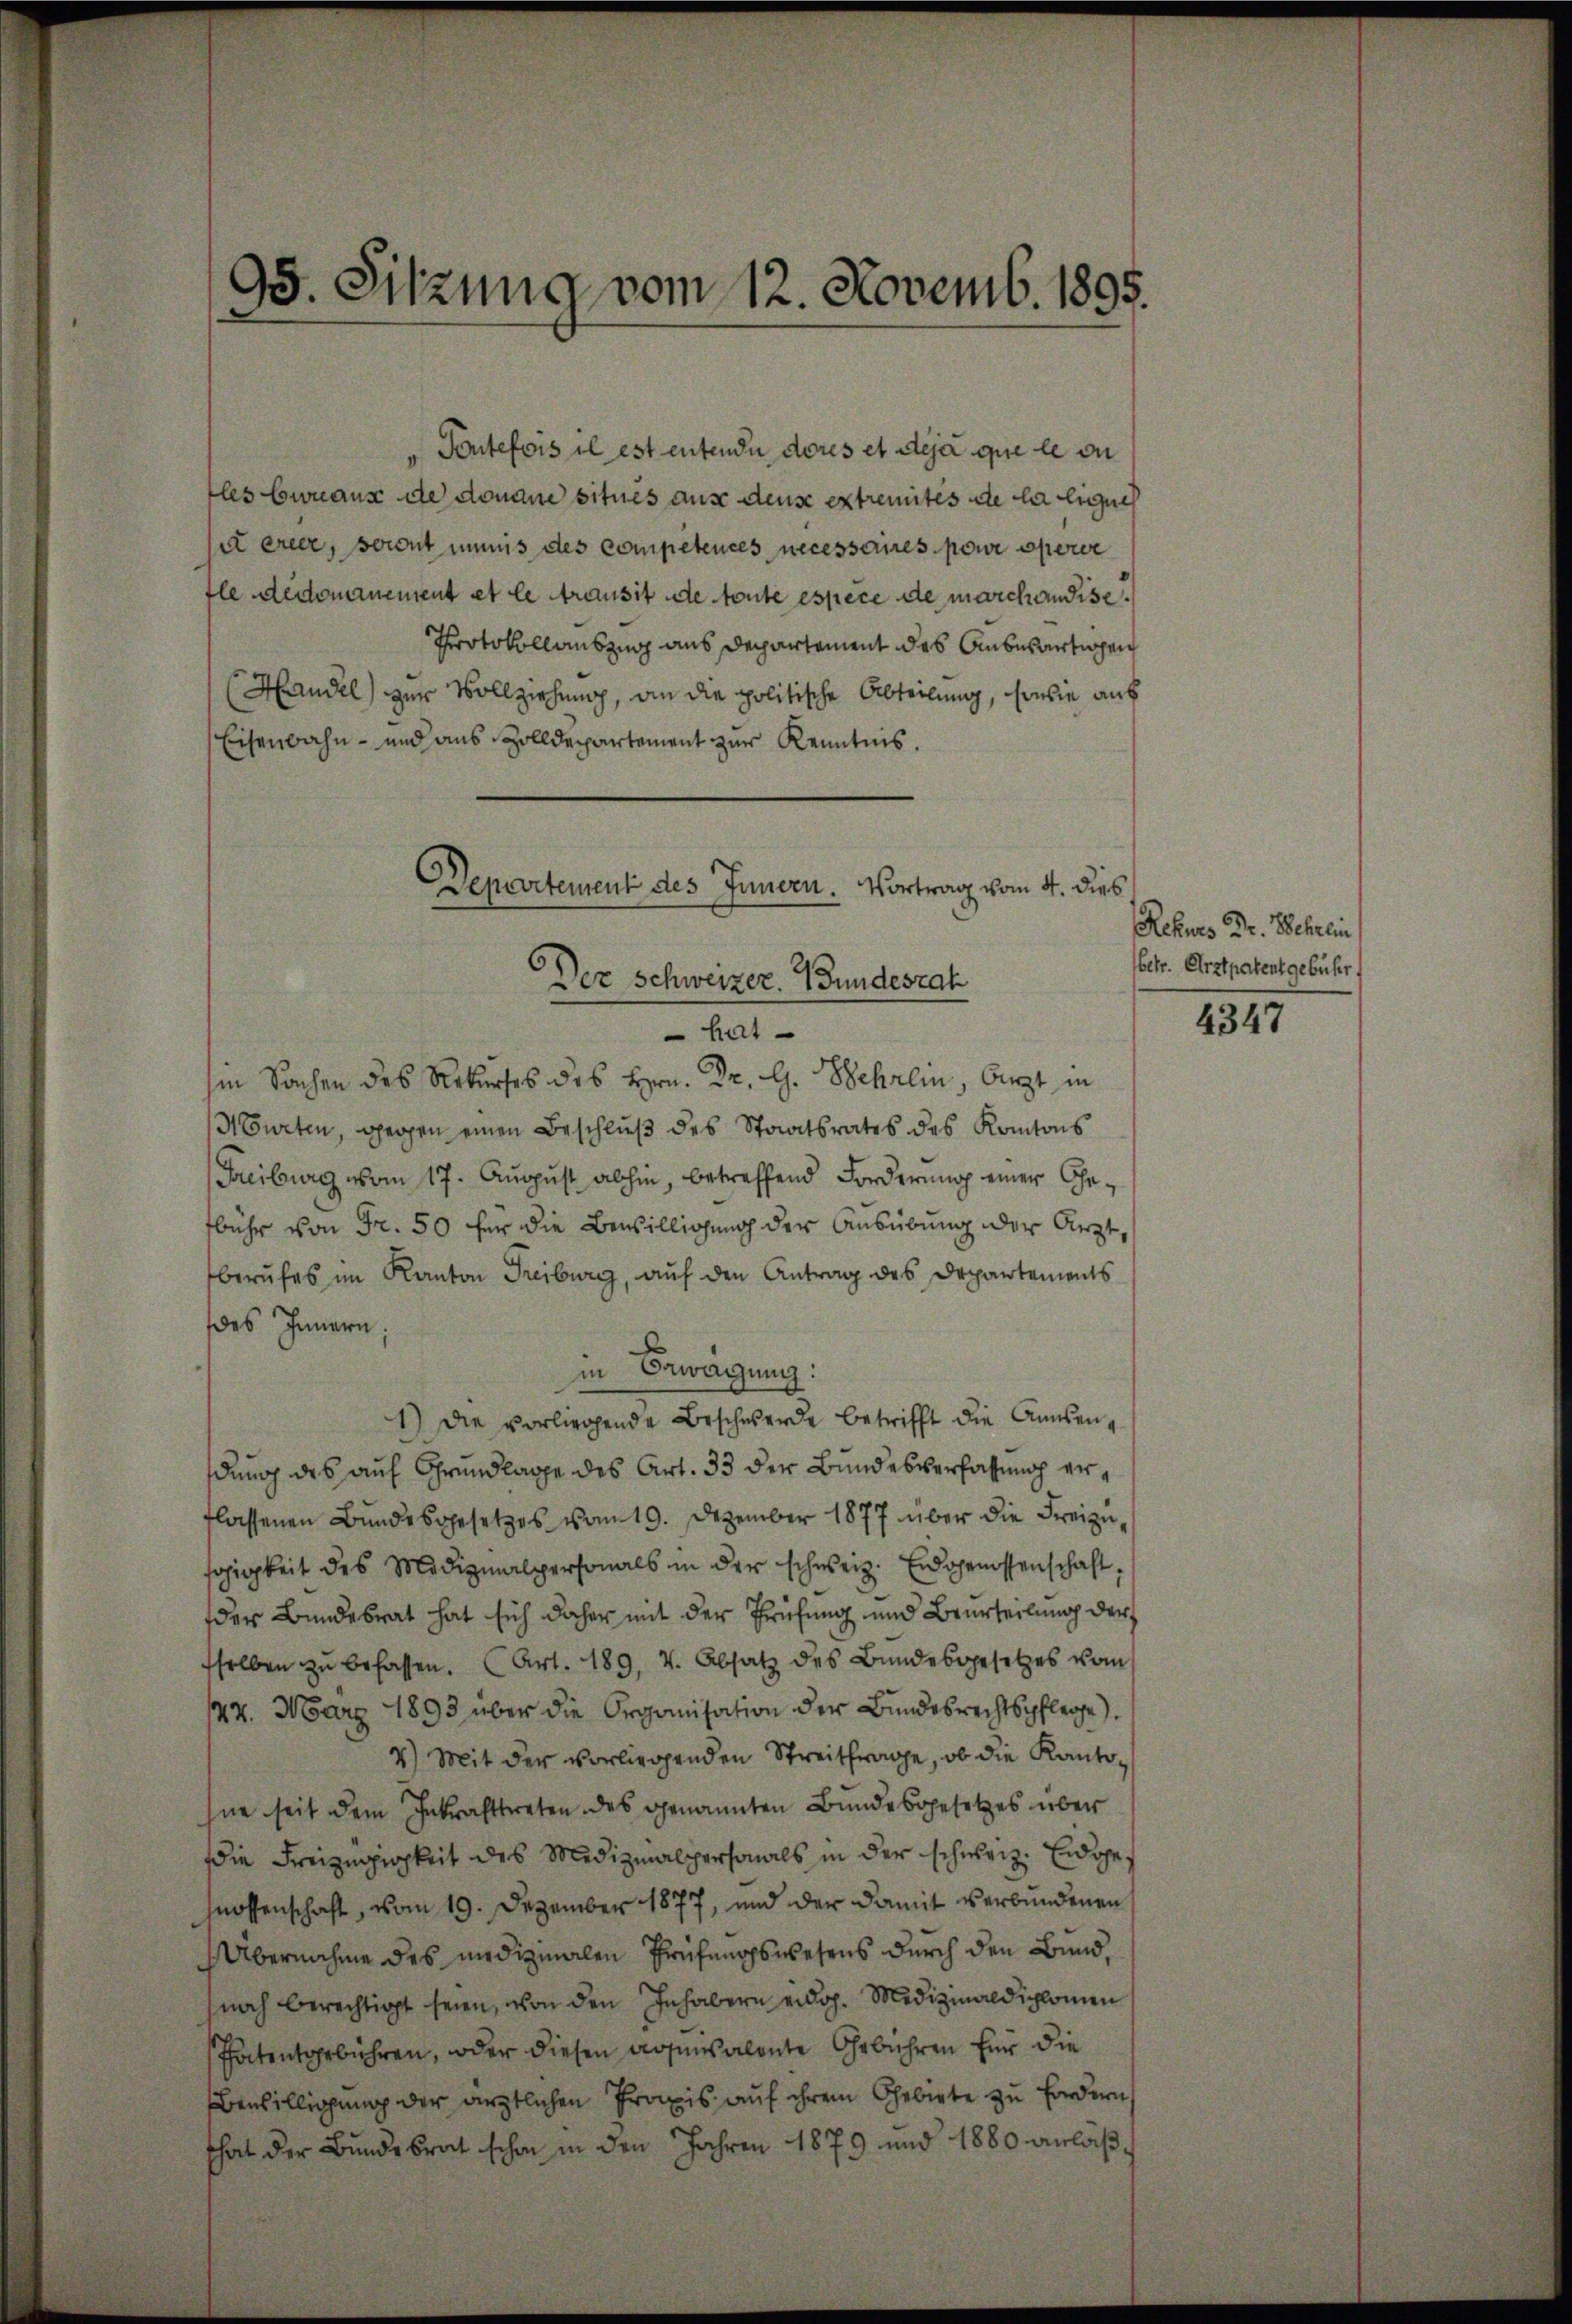
95. Sitzung vom 12. Novemb. 1895.

"Toutefois il est entende deres et deja que le vn
les bureaus de donaue situés aus dense extremités de la leuch
i erer, soweit immis des competences necessaires pour operce
fle dedomanement et le transit de toute espèce de marchandise¬
Protokollauszug aus Departement des Anbewärtigen
Handel) zur Vollziehung, an die politische Abteilung, sowie auf
Eisenbahn- und aus Zolldepartement zur Kenntnis.
hin Sachen des Rekurses des Hrn. Dr. G. Behrlin, Arzt in
Hurten, gegen einen Beschluß des Staatsrates des Kantons
Freiburg vom 17. August abhin, betreffend Forderung einer Gebühr von Fr. 50 für die Bewilligung der Ausübung der Arzt,
berufes im Kanton Freiburg, auf den Antrag des Departements
des Innern:
in Bewägung:
1) Die vorliegende Beschwerde betrifft die Ansendung des auf Grundlage des Art. 33 der Bundesverfassung erflassenen Bundesgesetzes vom 19. Dezember 1877 über die Freizugigkeit des Medizinalpersonals in der schweiz. Eidgenossenschaft,
der Bundesrat hat sich daher mit der Prüfung und Beurteilung der
sselben zŭ befassen. (Art. 189. v. Absatz des Bundesgesetzes vom
47. März 1893 über die Organisation der Bundesrechtspflege).
4.) Mit der vorliegenden Streitfrage, ob die Kantohne seit dem Inkrafttreten des genannten Bundesgesetzes über
die Freizügigkeit des Medizinalpersonals in der schweiz. Eidge¬
Mossenschaft, vom 19. Dezember 1877, und der damit verbundenen
Übernahme des medizinalen Prüfungswesens durch den Bund,
noch berechtigt seien, von den Inhabern eidg. Medizinaldiplomen
Patentgebühren, oder diesen agensalente Gebühren für die
Bewilligung der ärztlichen Praxis auf ihrem Gebiete zu fordern,
that der Bundesrat schon in den Jahren 1879 und 1880 anläß¬

Departement des Innern. Vortrag vom 4. dies
Der Schweizer. Bundesrat
hat

Rekurs Dr. Wehrlin
betr. Erst patentgebühr.

4347